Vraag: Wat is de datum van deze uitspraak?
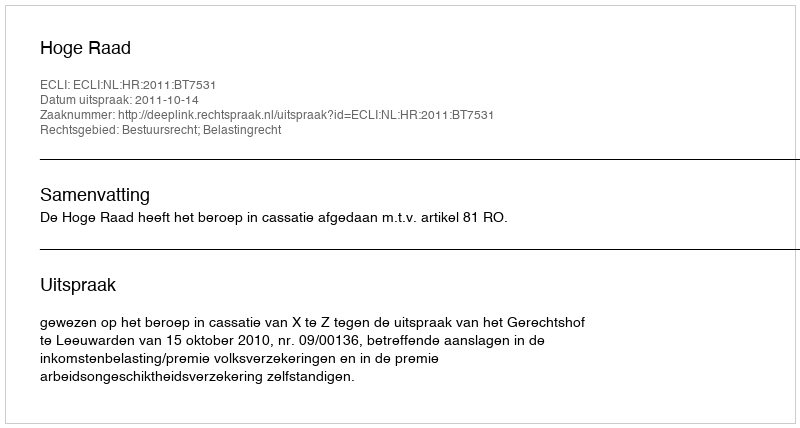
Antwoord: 2011-10-14